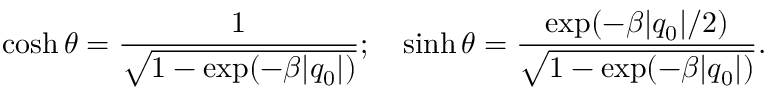
\cosh \theta = \frac { 1 } { \sqrt { 1 - \exp ( - \beta | q _ { 0 } | ) } } ; \ \ \ \sinh \theta = \frac { \exp ( - \beta | q _ { 0 } | / 2 ) } { \sqrt { 1 - \exp ( - \beta | q _ { 0 } | ) } } .